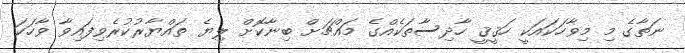
ނަތާގެ މި މިވާހަކައަކީ ހަޤީޤީ ހާދިސާތަކެއްގެ މައްޗަށް ބިނާކޮށް ލިޔެ ތައްޔާރުކުރެވިފައިވާ ވާހަކަ